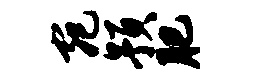
宛预肥